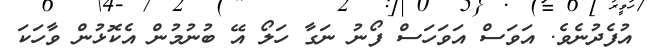
އުފެދުނެވެ. އަވަސް އަވަހަސް ފޯނު ނަގާ ހަލޯ އޭ ބުނުމުން އެކޮޅުން ވާހަކަ